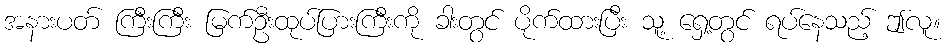
အနားပတ် ကြီးကြီး မြက်ဦးထုပ်ပြားကြီးကို ခါးတွင် ပိုက်ထားပြီး သူ့ ရှေ့တွင် ရပ်နေသည့် ဤလူ။